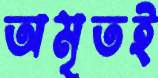
অমৃতই